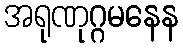
အရုဏုဂ္ဂမနေန